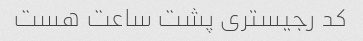
کد رجیستری پشت ساعت هست